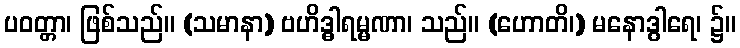
ပဝတ္တာ၊ ဖြစ်သည်။ (သမာနာ) ဗဟိဒ္ဓါရမ္မဏာ၊ သည်။ (ဟောတိ၊) မနောဒွါရေ၊ ၌။